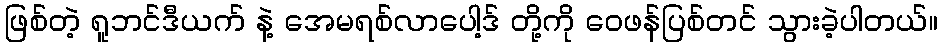
ဖြစ်တဲ့ ရူဘင်ဒီယက် နဲ့ အေမရစ်လာပေါ့ဒ် တို့ကို ဝေဖန်ပြစ်တင် သွားခဲ့ပါတယ်။